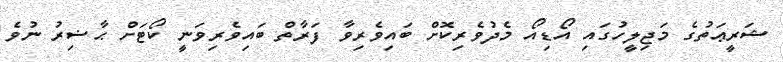
ޝަރީޢަތުގެ މަޖިލީހުގައި އޯޑިއޯ މެދުވެރިކޮށް ބައިވެރިވާ ފަރާތް ބައިވެރިވަނީ ކޯޓަށް ޙާޟިރު ނުވެ